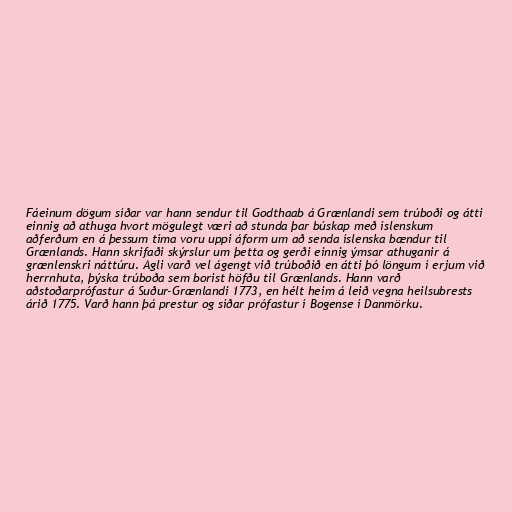
Fáeinum dögum síðar var hann sendur til Godthaab á Grænlandi sem trúboði og átti
einnig að athuga hvort mögulegt væri að stunda þar búskap með íslenskum
aðferðum en á þessum tíma voru uppi áform um að senda íslenska bændur til
Grænlands. Hann skrifaði skýrslur um þetta og gerði einnig ýmsar athuganir á
grænlenskri náttúru. Agli varð vel ágengt við trúboðið en átti þó löngum í erjum við
herrnhuta, þýska trúboða sem borist höfðu til Grænlands. Hann varð
aðstoðarprófastur á Suður-Grænlandi 1773, en hélt heim á leið vegna heilsubrests
árið 1775. Varð hann þá prestur og síðar prófastur í Bogense í Danmörku.